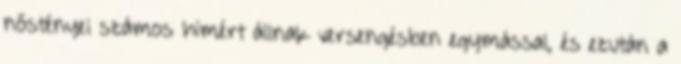
nőstényei számos hímért állnak versengésben egymással, és ezután a